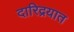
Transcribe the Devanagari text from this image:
दारिद्रयात